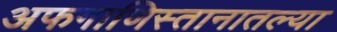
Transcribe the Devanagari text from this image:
अफगाणिस्तानातल्या